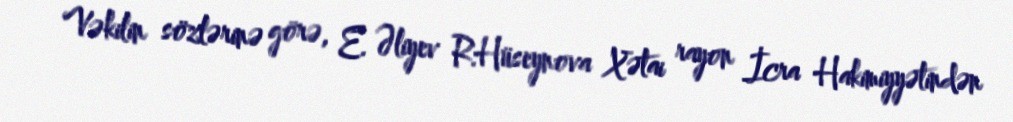
Vəkilin sözlərinə görə, E. Əliyev R.Hüseynova Xətai rayon İcra Hakimiyyətindən